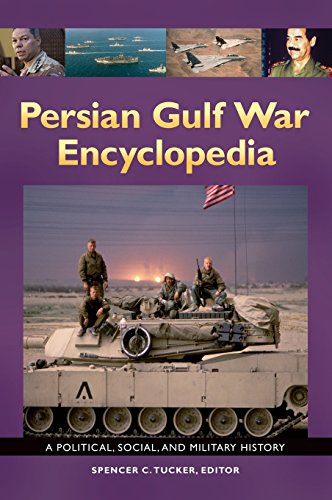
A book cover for Persian Gulf War Encyclopedia: A Political, Social, and Military History; History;